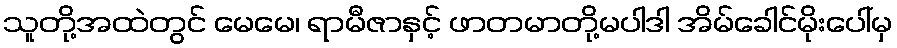
သူတို့အထဲတွင် မေမေ၊ ရာမီဇာနှင့် ဖာတမာတို့မပါဒါ အိမ်ခေါင်မိုးပေါ်မှ